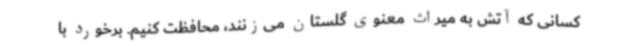
کسانی که آتش به میراث معنوی گلستان می‌زنند، محافظت کنیم. برخورد با